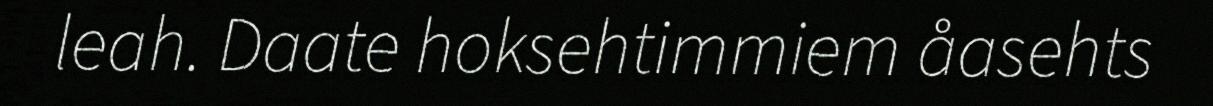
leah. Daate hoksehtimmiem åasehts